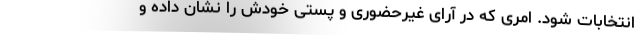
انتخابات شود. امری که در آرای غیرحضوری و پستی خودش را نشان داده و